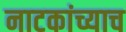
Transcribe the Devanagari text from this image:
नाटकांच्याच